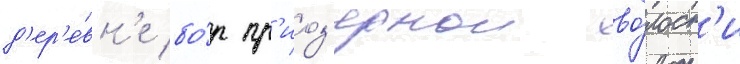
д'ер'е́вн'е бо́р пр'иоз'ернои во́лост'и